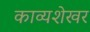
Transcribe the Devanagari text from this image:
काव्यशेखर